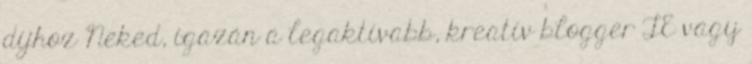
díjhoz Neked, igazán a legaktívabb, kreatív blogger TE vagy